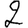
Digit: 2